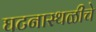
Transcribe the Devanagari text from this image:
घटनास्थळीचे